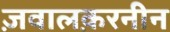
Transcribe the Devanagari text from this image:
ज़वालक़रनीन